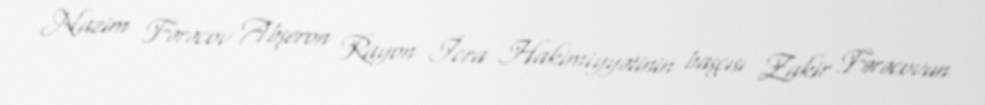
Nazim Fərəcov Abşeron Rayon İcra Hakimiyyətinin başçısı Zakir Fərəcovun